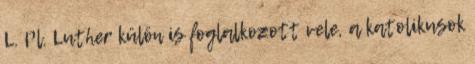
L. Pl. Luther külön is foglalkozott vele, a katolikusok